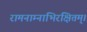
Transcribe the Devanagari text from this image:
रामनाम्नाभिरक्षितम्‌।